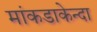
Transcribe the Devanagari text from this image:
मांकडाकेन्दा